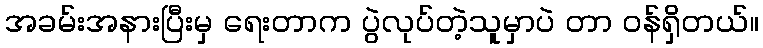
အခမ်းအနားပြီးမှ ရေးတာက ပွဲလုပ်တဲ့သူမှာပဲ တာ ဝန်ရှိတယ်။